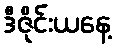
ဒီဇိုင်းယနေ့